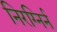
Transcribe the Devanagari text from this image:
निरग्निर्न